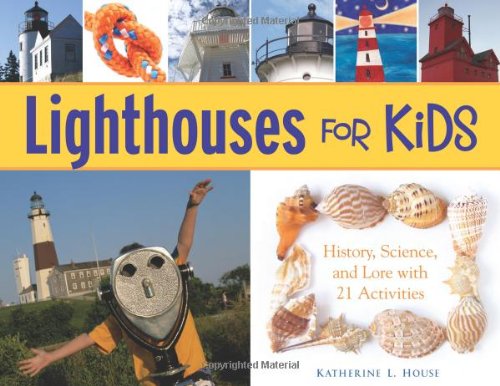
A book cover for Lighthouses for Kids: History, Science, and Lore with 21 Activities (For Kids series); Katherine L. House; Children's Books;